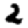
Digit: 2